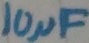
Text: 10µF